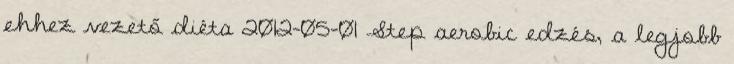
ehhez vezető diéta 2012-05-01 Step aerobic edzés, a legjobb